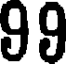
99